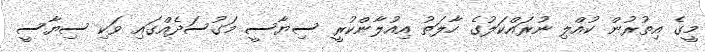
މީގެ އިތުރުން ކުއްލި ނުރައްކަލުގެ ހާލަތު އިއުލާންކުރީ ސިޔާސީ މަގުސަދެއްގައި ވަކި ސިޔާސީ